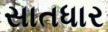
સાતધાર